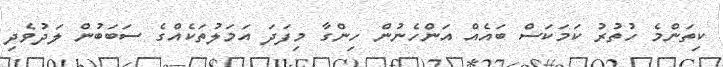
ކިތަންމެ ހުތުރު ކަމަކަސް ބައެއް އަންހެނުން ހިންގާ މިފަދަ އަމަލުތަކެއްގެ ސަބަބުން ލަދުވެދި